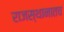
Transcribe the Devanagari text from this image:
राजस्थानातच